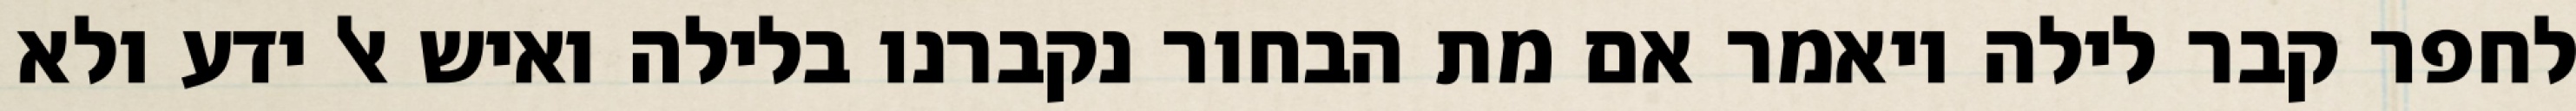
לחפר קבר לילה ויאמר אם מת הבחור נקברנו בלילה ואיש אל ידע ולא